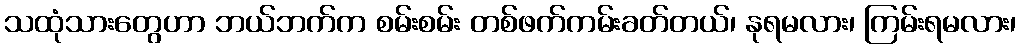
သထုံသားတွေဟာ ဘယ်ဘက်က စမ်းစမ်း တစ်ဖက်ကမ်းခတ်တယ်၊ နုရမလား၊ ကြမ်းရမလား၊